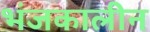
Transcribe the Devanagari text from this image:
भंजकालीन